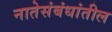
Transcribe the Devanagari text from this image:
नातेसंबंधांतील